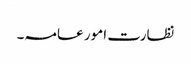
نظارت امور عامہ۔